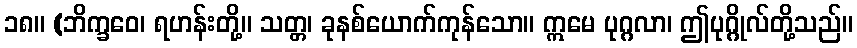
၁၈။ (ဘိက္ခဝေ၊ ရဟန်းတို့။ သတ္တ၊ ခုနစ်ယောက်ကုန်သော။ ဣမေ ပုဂ္ဂလာ၊ ဤပုဂ္ဂိုလ်တို့သည်။